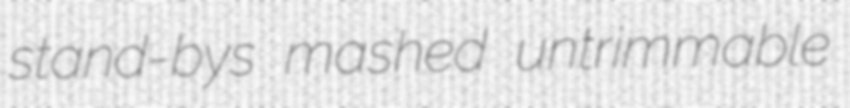
stand-bys mashed untrimmable